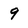
Character: 9